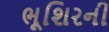
ભૂશિરની